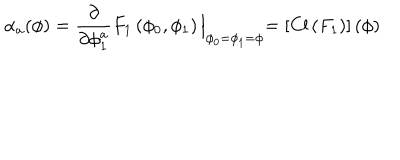
\alpha _ { a } ( \phi ) = \frac { \partial } { \partial \phi _ { 1 } ^ { a } } F _ { 1 } \left( \phi _ { 0 } , \phi _ { 1 } \right) \Bigl | _ { \phi _ { 0 } = \phi _ { 1 } = \phi } = \left[ \mathrm { C l } \left( F _ { 1 } \right) \right] ( \phi ) \Bigr .